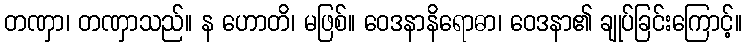
တဏှာ၊ တဏှာသည်။ န ဟောတိ၊ မဖြစ်။ ဝေဒနာနိရောဓာ၊ ဝေဒနာ၏ ချုပ်ခြင်းကြောင့်။